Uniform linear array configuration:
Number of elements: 4
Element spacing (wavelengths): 0.25
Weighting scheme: hann
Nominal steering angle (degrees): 15
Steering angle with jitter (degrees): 14.905
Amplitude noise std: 0.05
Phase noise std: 0.05

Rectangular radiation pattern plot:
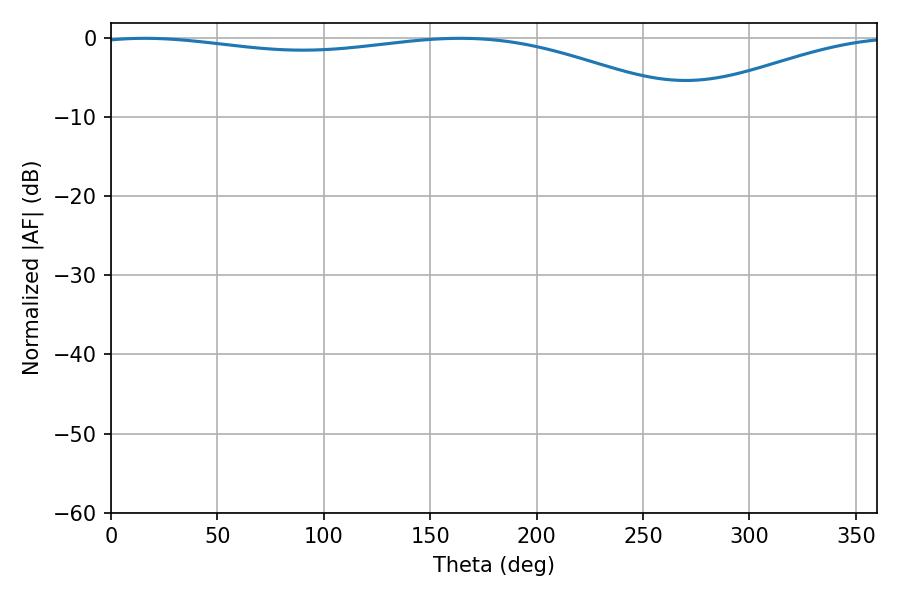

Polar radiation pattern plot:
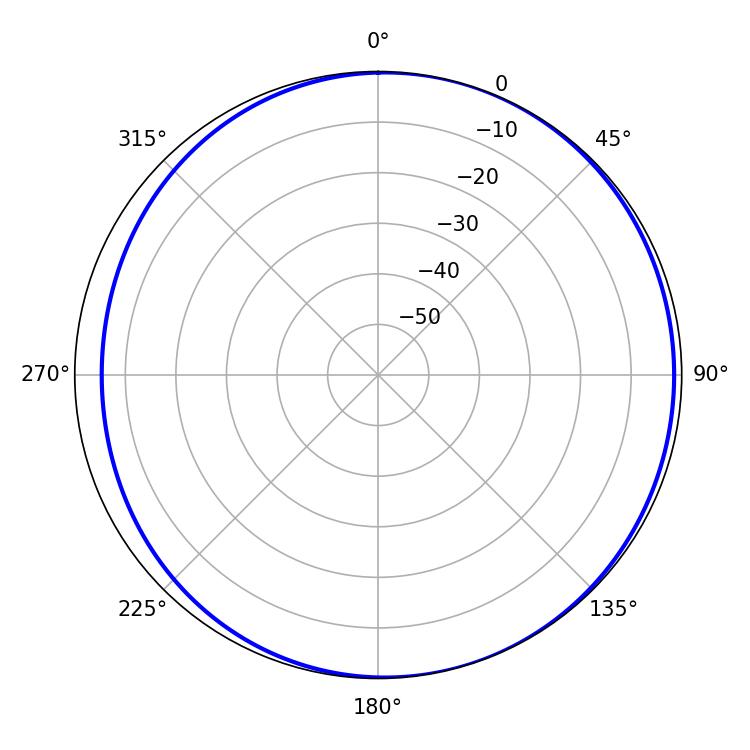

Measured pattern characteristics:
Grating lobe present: FALSE
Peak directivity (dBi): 4.321
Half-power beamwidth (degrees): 226.62
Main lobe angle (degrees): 15.84